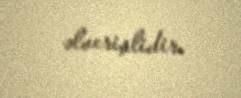
əlverişlidir.